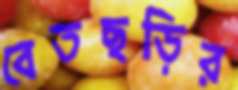
বেতছড়ির